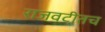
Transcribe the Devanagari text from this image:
राजवटीतच